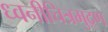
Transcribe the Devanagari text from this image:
ध्वनीचित्रमुद्रण